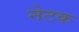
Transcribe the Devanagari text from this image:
नेटक